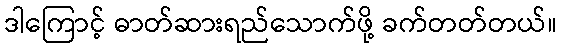
ဒါကြောင့် ဓာတ်ဆားရည်သောက်ဖို့ ခက်တတ်တယ်။